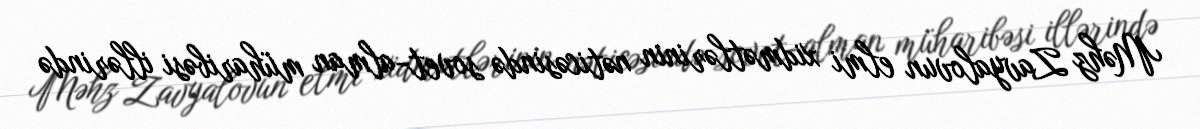
Məhz Zavyalovun elmi xidmətlərinin nəticəsində sovet-alman müharibəsi illərində